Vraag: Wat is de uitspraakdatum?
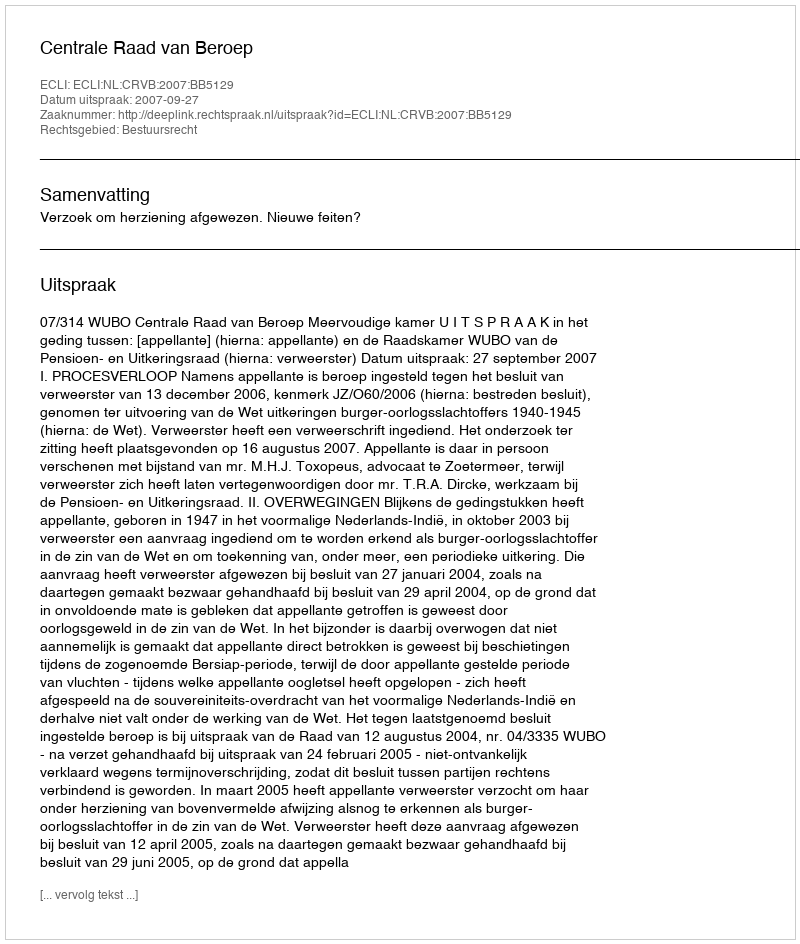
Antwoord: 2007-09-27